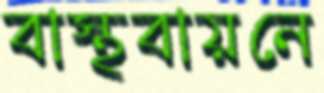
বাস্থবায়নে